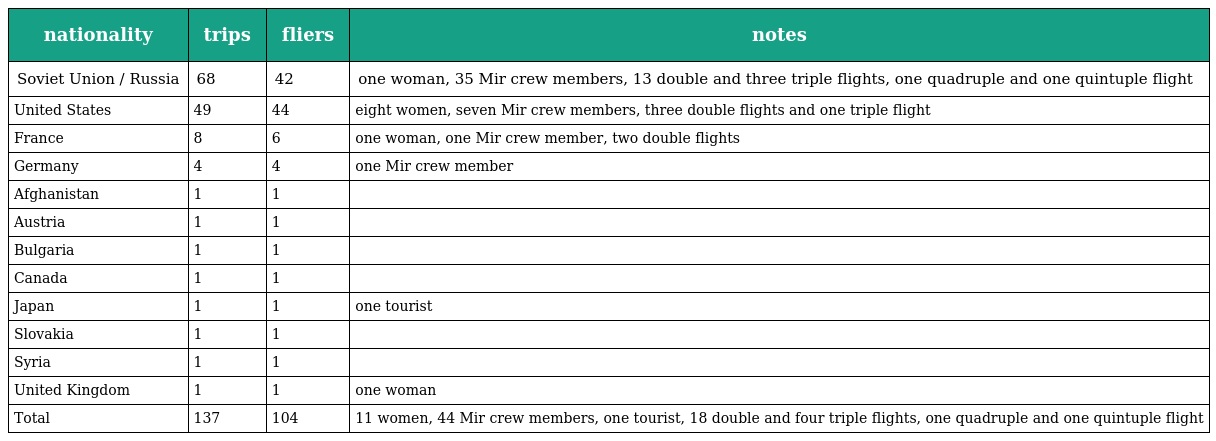
| nationality | trips | fliers | notes |
 | --- | --- | --- | --- |
 | Soviet Union / Russia | 68 | 42 | one woman, 35 Mir crew members, 13 double and three triple flights, one quadruple and one quintuple flight |
 | United States | 49 | 44 | eight women, seven Mir crew members, three double flights and one triple flight |
 | France | 8 | 6 | one woman, one Mir crew member, two double flights |
 | Germany | 4 | 4 | one Mir crew member |
 | Afghanistan | 1 | 1 |  |
 | Austria | 1 | 1 |  |
 | Bulgaria | 1 | 1 |  |
 | Canada | 1 | 1 |  |
 | Japan | 1 | 1 | one tourist |
 | Slovakia | 1 | 1 |  |
 | Syria | 1 | 1 |  |
 | United Kingdom | 1 | 1 | one woman |
 | Total | 137 | 104 | 11 women, 44 Mir crew members, one tourist, 18 double and four triple flights, one quadruple and one quintuple flight |